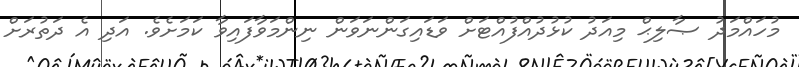
މުހައްމަދު ޞާލިޙް މިއަދު ކުޅުދުއްފުއްޓަށް ވަޑައިގަންނަވަން ނިންމަވާފައިވާ ކަމަށެވެ. އަދި އެ ދަތުރަށް